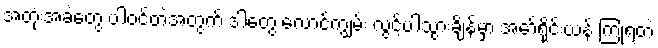
အတုံးအခဲတွေ ပါဝင်တဲ့အတွက် ဒါတွေ လောင်ကျွမ်း လွင့်ပါသွားချိန်မှာ အော်ရိုင်းယန် ကြုံရတဲ့